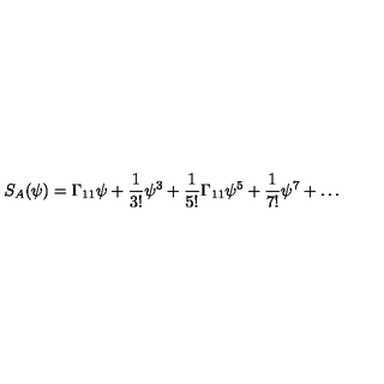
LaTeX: S _ { A } ( \psi ) = \Gamma _ { 1 1 } \psi + { \frac { 1 } { 3 ! } } \psi ^ { 3 } + { \frac { 1 } { 5 ! } } \Gamma _ { 1 1 } \psi ^ { 5 } + { \frac { 1 } { 7 ! } } \psi ^ { 7 } + \ldots